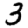
Digit: 3